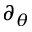
\partial _ { \theta }